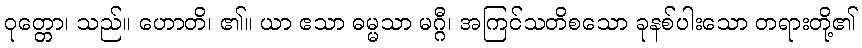
ဝုတ္တော၊ သည်။ ဟောတိ၊ ၏။ ယာ ဧသာ ဓမ္မသာ မဂ္ဂီ၊ အကြင်သတိစသော ခုနစ်ပါးသော တရားတို့၏